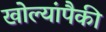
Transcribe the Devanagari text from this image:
खोल्यांपैकी